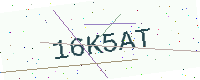
Text: 16K5AT